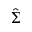
\hat { \Sigma }